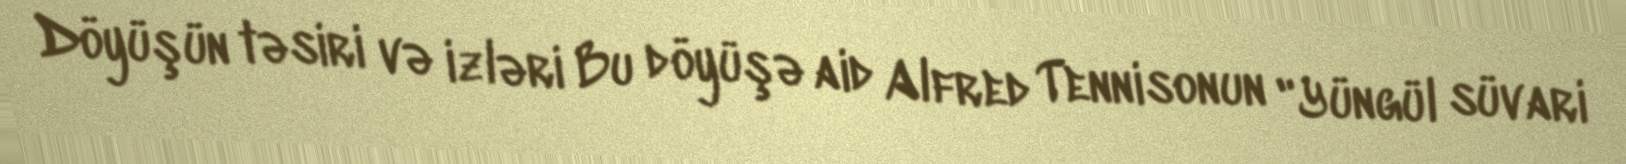
Döyüşün təsiri və izləri Bu döyüşə aid Alfred Tennisonun "Yüngül süvari